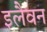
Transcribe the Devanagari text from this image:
इलैवन